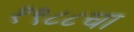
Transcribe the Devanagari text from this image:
१९८८चा